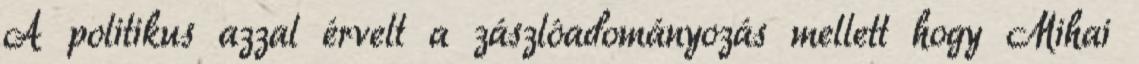
A politikus azzal érvelt a zászlóadományozás mellett hogy Mihai